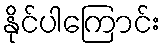
နိုင်ပါကြောင်း